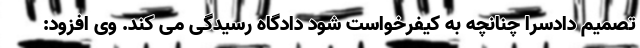
تصمیم دادسرا چنانچه به کیفرخواست شود دادگاه رسیدگی می کند. وی افزود: